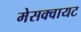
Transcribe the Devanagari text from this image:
मेसक्वायट